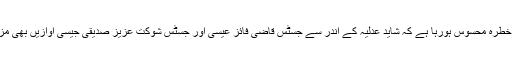
مجھے تو یہ بھی خطرہ محسوس ہورہا ہے کہ شاید عدلیہ کے اندر سے جسٹس قاضی فائز عیسیٰ اور جسٹس شوکت عزیز صدیقی جیسی آوازیں بھی مزید بڑھ سکتی ہیں۔